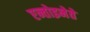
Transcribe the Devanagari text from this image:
एन्तोइनेते